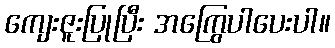
ကျေးဇူးပြုပြီး အကြွေပါပေးပါ။